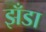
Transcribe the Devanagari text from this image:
झँडा